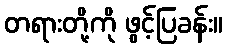
တရားတို့ကို ဖွင့်ပြခန်း။